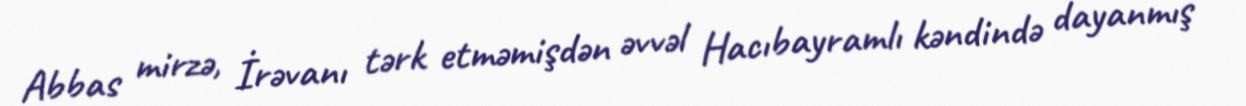
Abbas mirzə, İrəvanı tərk etməmişdən əvvəl Hacıbayramlı kəndində dayanmış